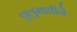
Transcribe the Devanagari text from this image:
पुलुमावीने